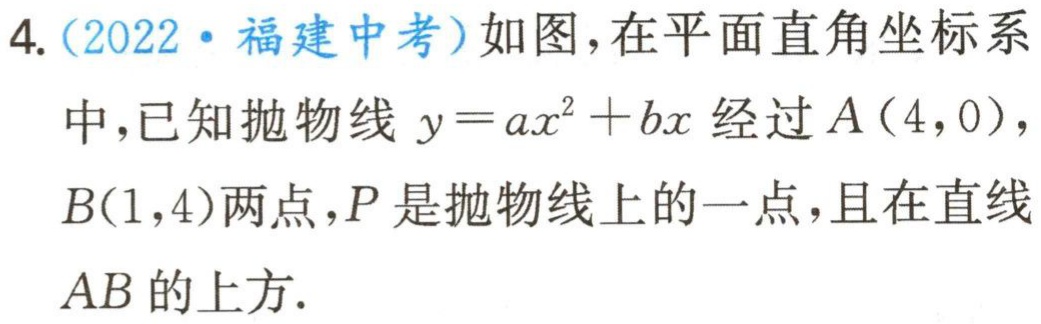
4.（2022·福建中考）如图，在平面直角坐标系中，已知抛物线\(y = ax^{2}+bx\)经过\(A(4,0)\)，\(B(1,4)\)两点，\(P\)是抛物线上的一点，且在直线\(AB\)的上方.